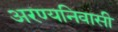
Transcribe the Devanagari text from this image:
अरण्यनिवासी